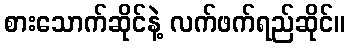
စားသောက်ဆိုင်နဲ့ လက်ဖက်ရည်ဆိုင်။